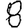
Digit: 8